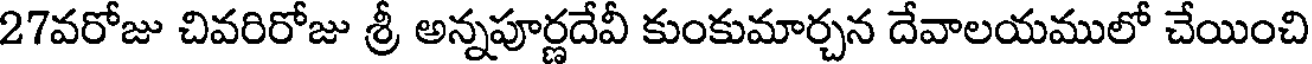
27వరోజు చివరిరోజు శ్రీ అన్నపూర్ణదేవీ కుంకుమార్చన దేవాలయములో చేయించి